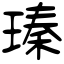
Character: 瑧